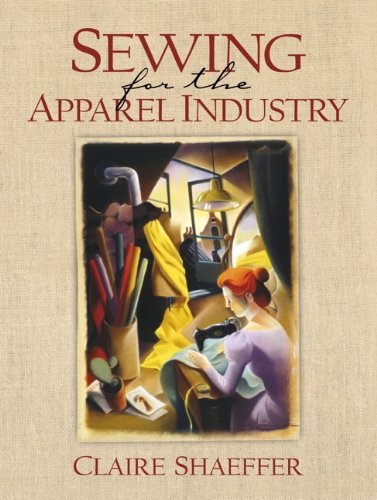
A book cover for Sewing for the Apparel Industry; Claire Shaeffer; Crafts, Hobbies & Home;